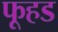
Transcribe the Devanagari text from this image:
फूहड